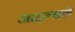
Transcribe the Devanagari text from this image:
आइल्सले